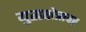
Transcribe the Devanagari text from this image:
युद्धक्षेत्रावर